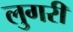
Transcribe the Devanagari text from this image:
लुगरी